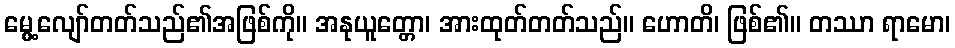
မွေ့လျော်တတ်သည်၏အဖြစ်ကို။ အနုယူတ္တော၊ အားထုတ်တတ်သည်။ ဟောတိ၊ ဖြစ်၏။ တဿာ ရာမော၊